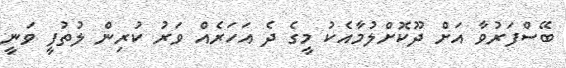
ބޭސްފަރުވާ އަށް ދޫކޮށްލުމާއެކު މީގެ ދެ އަހަރެއް ވަރު ކުރިން ލުތުފީ ވަނީ